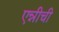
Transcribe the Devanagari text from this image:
एन्नीची